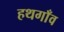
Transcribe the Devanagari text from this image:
हथगाँव